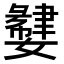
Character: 𫲌